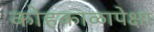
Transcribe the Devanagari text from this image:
कोहकाळापेक्षा